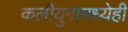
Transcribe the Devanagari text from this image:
कलीयुगामध्येही